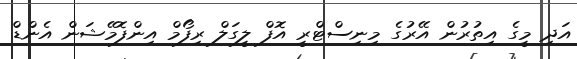
އަދި މީގެ އިތުރުން އޭރުގެ މިނިސްޓްރީ އޮފް ލީގަލް ރިފޯމް އިންފޮމޭޝަން އެންޑް